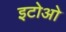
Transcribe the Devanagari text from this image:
इटोओ